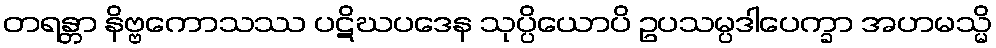
တရန္တာ နိဗ္ဗကောသဿ ပဋိဃပဒေန သုပ္ပိယောပိ ဥပသမ္ပဒါပေက္ခာ အဟမသ္မိ